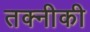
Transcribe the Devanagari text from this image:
तक्नीकी